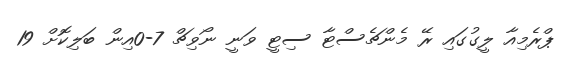
ޕްރެމިއާ ލީގުގައި ރޭ މެންޗެސްޓާ ސިޓީ ވަނީ ނޯވިޗް 7-0އިން ބަލިކޮށް 19